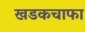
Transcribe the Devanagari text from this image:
खडकचाफा